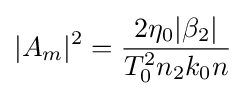
|A_{m}|^{2}={\frac {2\eta _{0}|\beta _{2}|}{T_{0}^{2}n_{2}k_{0}n}}